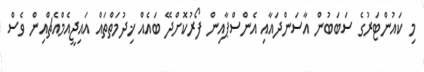
މި ކައުންޓަރުގެ ސަބަބުން އާސަންދައާއި އެންސްޕާއިން ފޯރުކޮށްދޭ ބައެއް ޚިދުމަތްތައް އައިޖީއެމްއެޗްއިން ވެސް